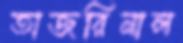
তাজরিনাল